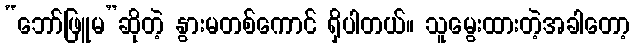
“ဘော်ဖြူမ”ဆိုတဲ့ နွားမတစ်ကောင် ရှိပါတယ်။ သူမွေးထားတဲ့အခါတော့